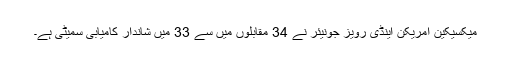
میکسیکین امریکن اینڈی رویز جونیئر نے 34 مقابلوں میں سے 33 میں شاندار کامیابی سمیٹی ہے۔